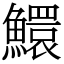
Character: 鱞